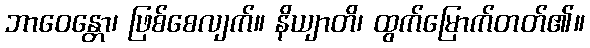
ဘာဝေန္တော၊ ဖြစ်စေလျက်။ နိယျာတိ၊ ထွက်မြောက်တတ်၏။